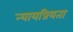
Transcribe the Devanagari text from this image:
न्‍यायप्रियता